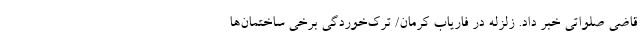
قاضی صلواتی خبر داد. زلزله در فاریاب کرمان/ ترک‌خوردگی برخی ساختمان‌ها